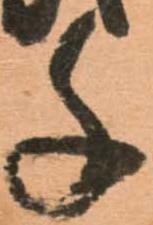
千